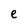
Character: e